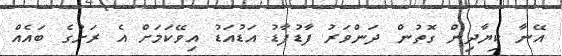
އޭނާ ކިޔާދިން ގޮތުން ދަންވަރު ފާޑުފާޑު އަޑުއަޑު އިވޭކަމަށް އެ ރަށުގެ ބައެއް